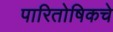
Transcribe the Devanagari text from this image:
पारितोषिकचे